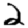
Digit: 2